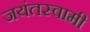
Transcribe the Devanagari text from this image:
जयंतस्वामी